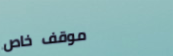
موقف خاص